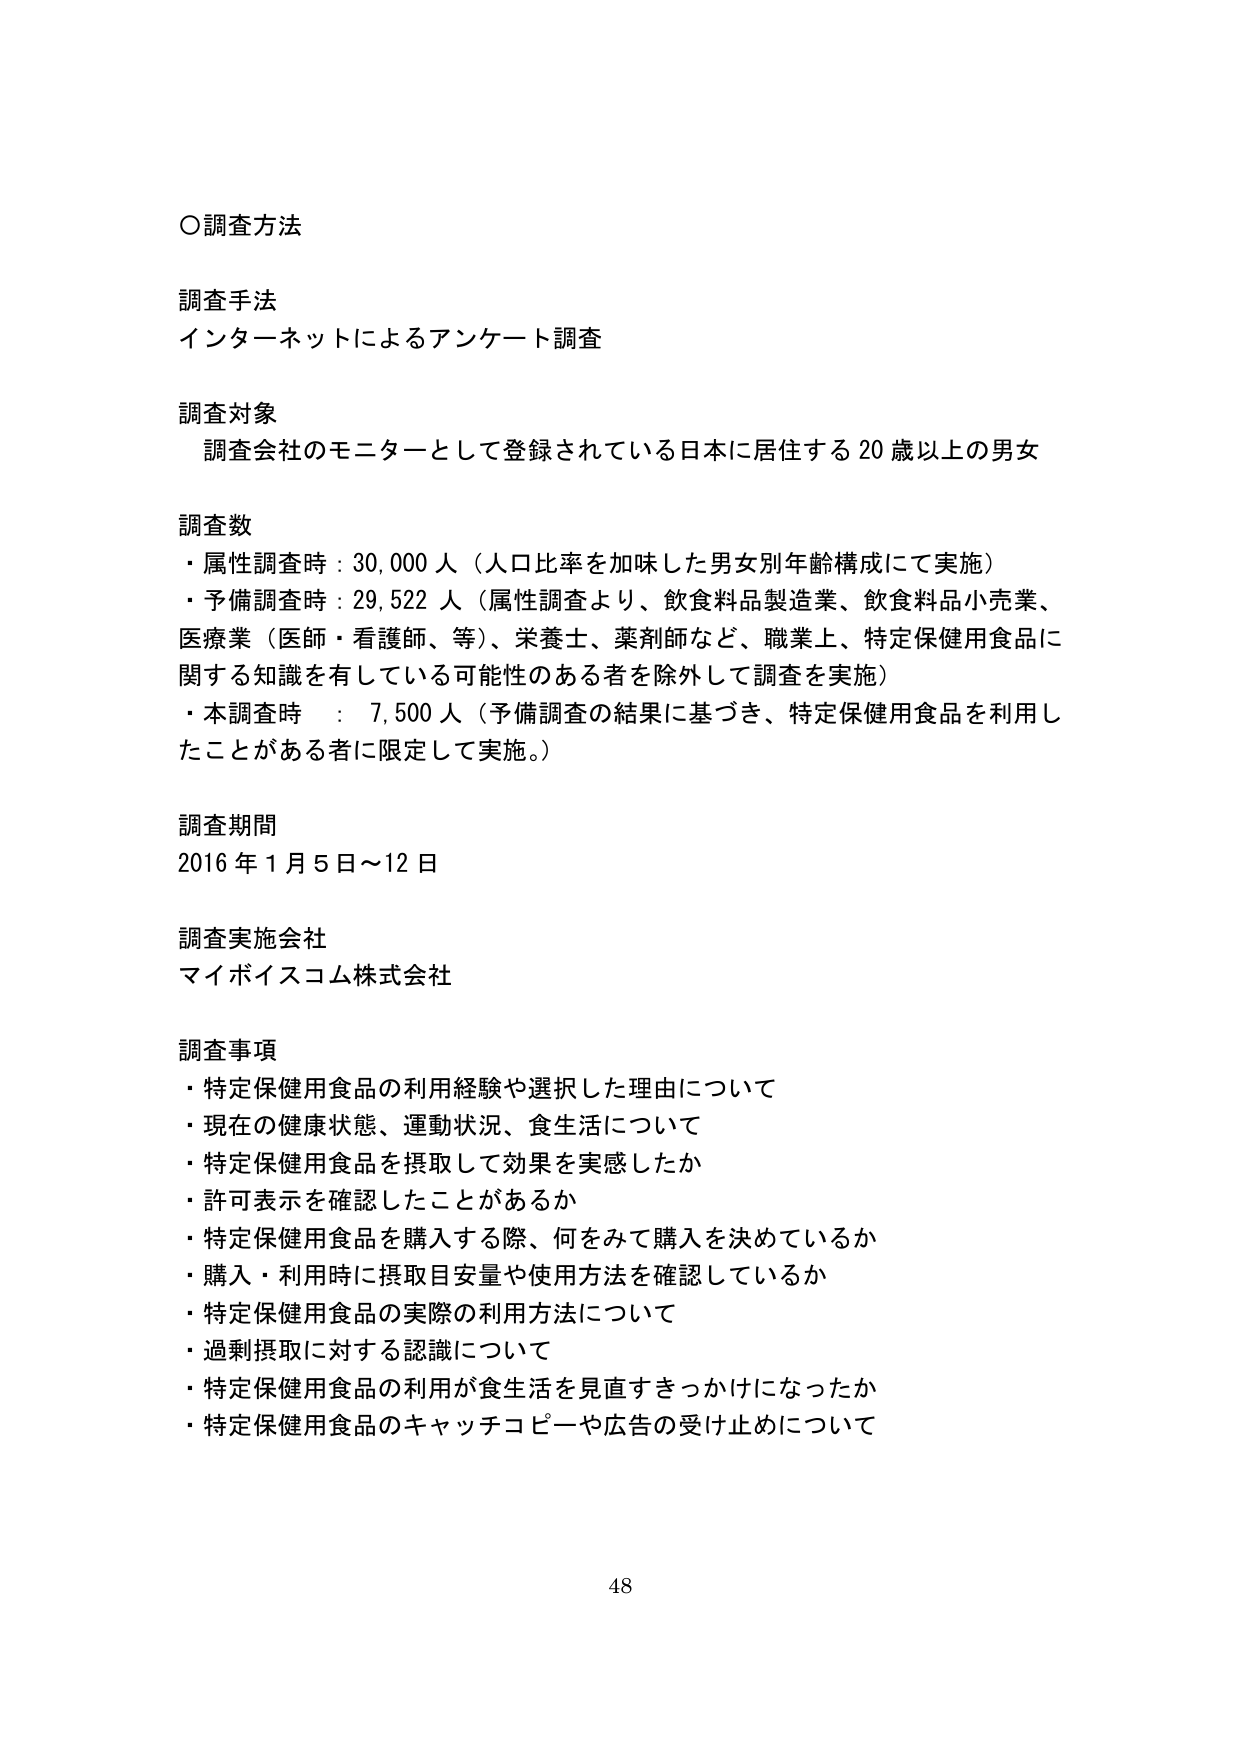
○調査方法

調査手法
インターネットによるアンケート調査

調査対象
調査会社のモニターとして登録されている日本に居住する20歳以上の男女

調査数
・属性調査時：30,000人（人口比率を加味した男女別年齢構成にて実施）
・予備調査時：29,522人（属性調査より、飲食料品製造業、飲食料品小売業、医療業（医師・看護師、等）、栄養士、薬剤師など、職業上、特定保健用食品に関する知識を有している可能性のある者を除外して調査を実施）
・本調査時：7,500人（予備調査の結果に基づき、特定保健用食品を利用したことがある者に限定して実施。）

調査期間
2016年1月5日～12日

調査実施会社
マイボイスコム株式会社

調査事項
・特定保健用食品の利用経験や選択した理由について
・現在の健康状態、運動状況、食生活について
・特定保健用食品を摂取して効果を実感したか
・許可表示を確認したことがあるか
・特定保健用食品を購入する際、何をみて購入を決めているか
・購入・利用時に摂取目安量や使用方法を確認しているか
・特定保健用食品の実際の利用方法について
・過剰摂取に対する認識について
・特定保健用食品の利用が食生活を見直すきっかけになったか
・特定保健用食品のキャッチコピーや広告の受け止めについて

48